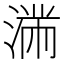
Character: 𱧽